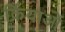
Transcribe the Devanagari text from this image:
र्क्रियाओं